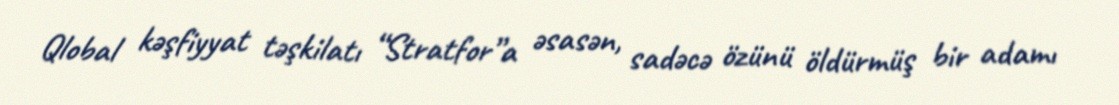
Qlobal kəşfiyyat təşkilatı “Stratfor”a əsasən, sadəcə özünü öldürmüş bir adamı